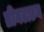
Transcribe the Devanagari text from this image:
ग्रीनटाउन